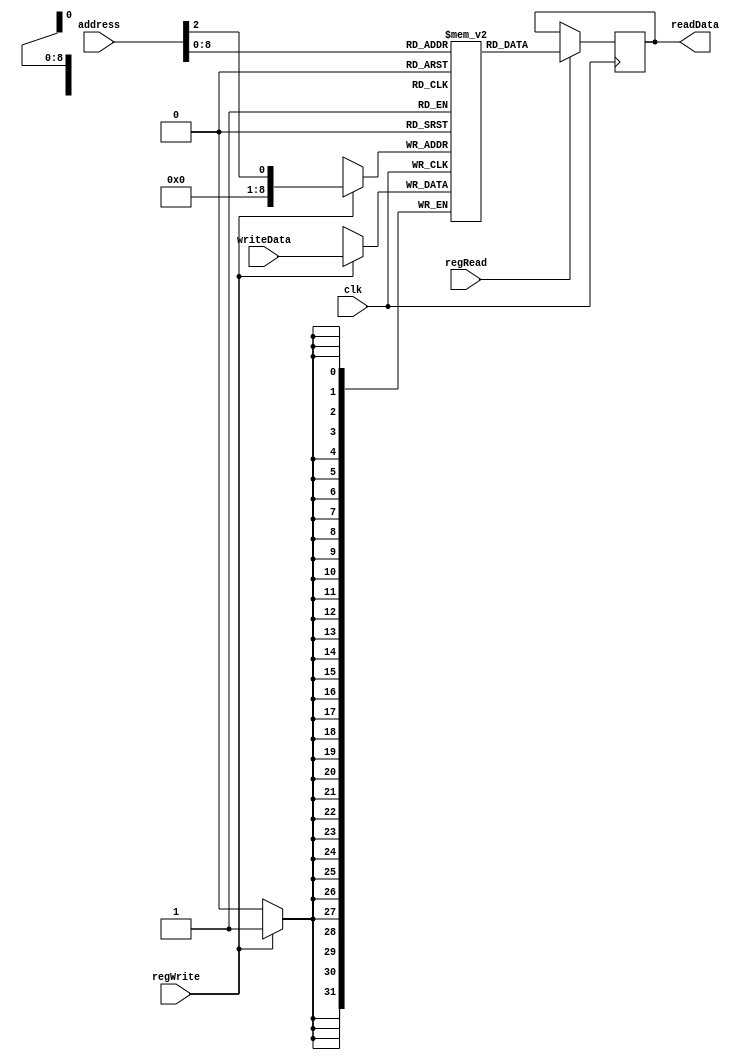
module data_Memory(clk, address , writeData , readData , regWrite , regRead );
input  clk;
output reg [31:0] readData;
input  [31:0] address;
input  [31:0] writeData;
input  regRead;
input  regWrite;

//the memory
reg [31:0] memo [511:0];
integer n;

  assign offset = address[6:2];


initial
begin
  //emla el memo kolha b zero
  for (n=0 ;n<511 ;n++ ) begin
    memo[n]=32'b00000000000000000000000000000000;
  end
end

//pstive wla negative
always @(posedge clk) begin
    if (regRead) begin
      readData=memo[address];
    end
    if (regWrite) begin
      memo[offset] =writeData;
    end
end


endmodule